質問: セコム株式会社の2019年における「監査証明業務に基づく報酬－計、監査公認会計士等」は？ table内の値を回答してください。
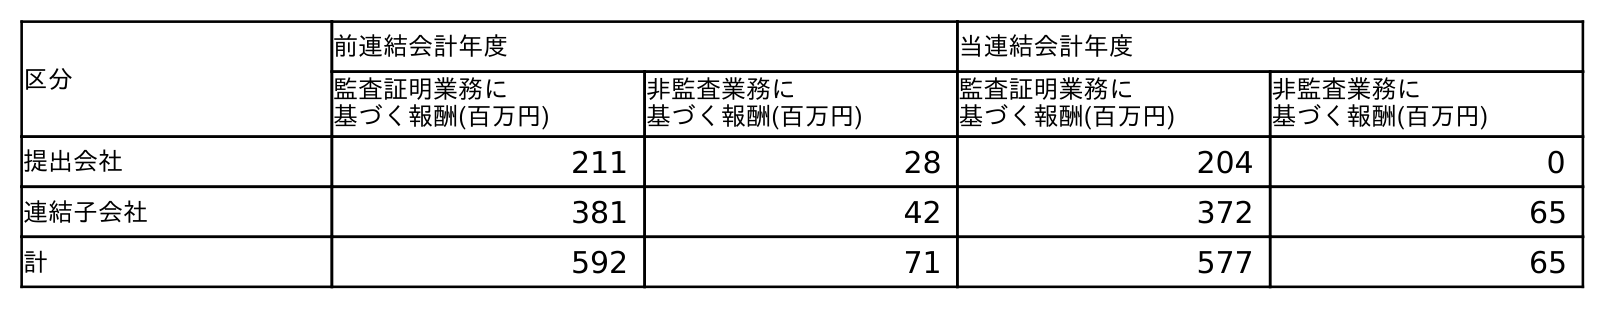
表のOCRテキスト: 区分 前連結会計年度 当連結会計年度 監査証明業務に 基づく報酬(百万円) 非監査業務に 基づく報酬(百万円) 監査証明業務に 基づく報酬(百万円) 非監査業務に 基づく報酬(百万円) 提出会社 211 28 204 0 連結子会社 381 42 372 65 計 592 71 577 65
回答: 592